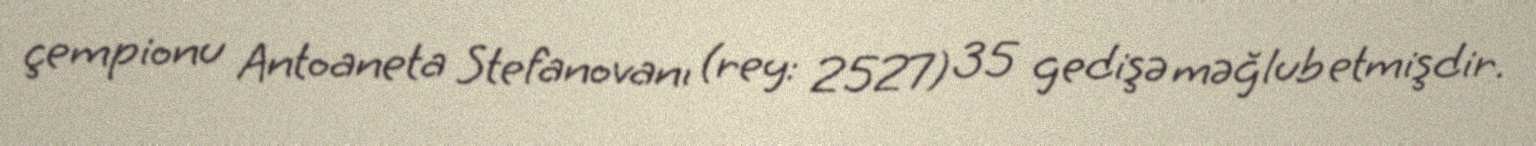
çempionu Antoaneta Stefanovanı (rey: 2527) 35 gedişə məğlub etmişdir.